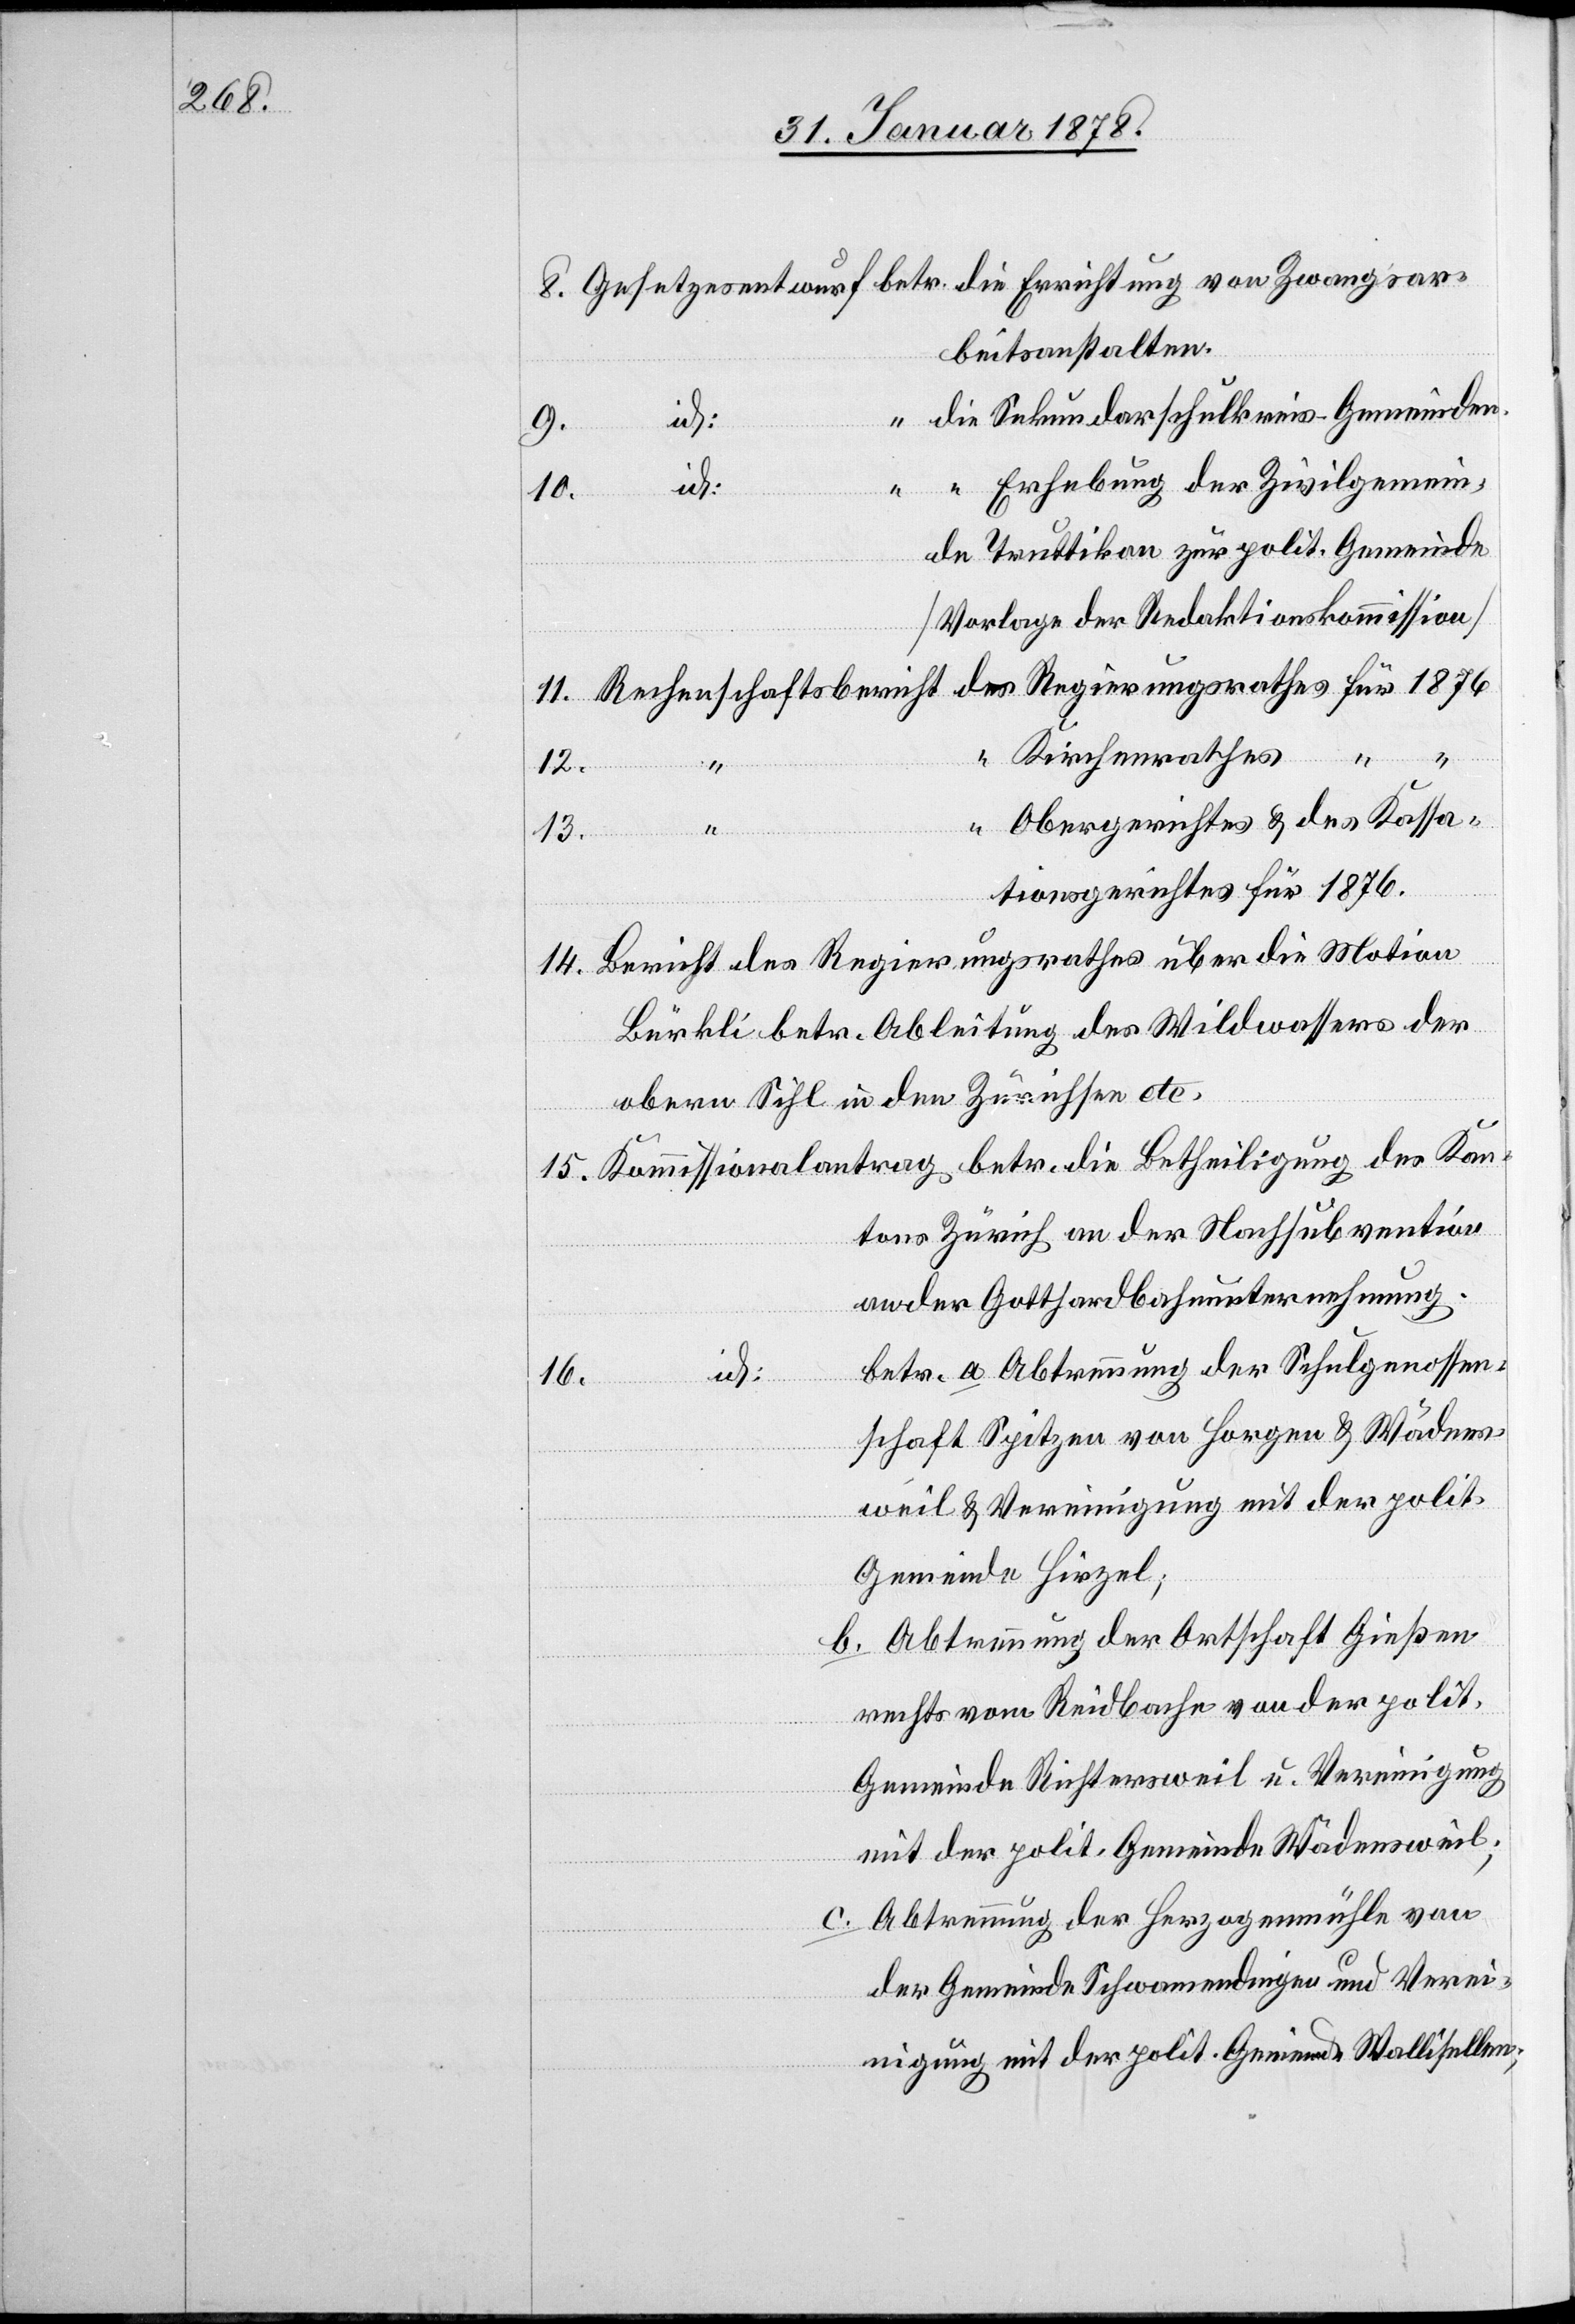
beitsanstalten.
“ die Sekundarschulkreis-Gemeinden.
9.
“ Erhebung der Zivilgemein¬
id:
über
de Truttikon zur polit. Gemeinde
(Vorlage der Redaktionskommission)
“ Kirchenrathes
ungsrathes
Kan¬
1876
12.
“ Obergerichtes & des Kassa¬
15.
tionsgerichtes für 1876.
Bürkli betr. Ableitung des Wildwassers der
obern Sihl in den Zürichsee etc.
tons Zürich an der Nachsubvention
an der Gotthardbahnuntersuchung.
betr. a. Abtrennung der Schulgenossen¬
Betheil¬
16.
schaft Spitzen von Horgen & Wädens¬
weil & Vereinigung mit der polit.
Gemeinde Hirzel;
b. Abtrennung der Ortschaft Gießen¬
rechts vom Riedbache an der polit.
Gemeinde Richtersweil u. Vereinigung
mit der polit. Gemeinde Wädensweil;
c. Abtrennung der Herzogenmühle von
der Gemeinde Schwammendingen und Verei¬
nigung mit der polit. Gemeinde Wallisellen;